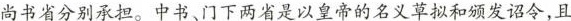
尚书省分别承担。中书、门下两省是以皇帝的名义草拟和颁发诏令，且